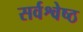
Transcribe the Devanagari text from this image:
सर्वश्वेष्ठ